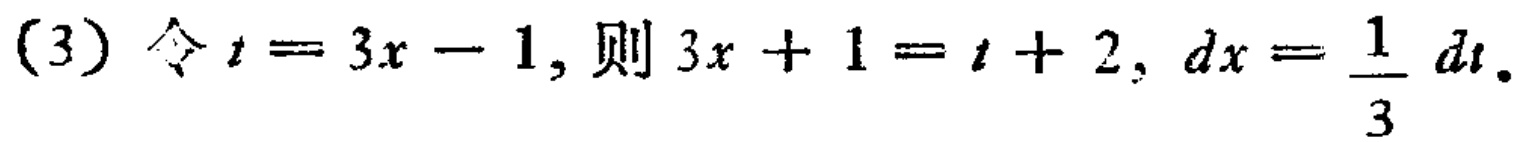
(3) 令\(t = 3x - 1\), 则\(3x + 1 = t + 2\), \(dx=\frac{1}{3}dt\).